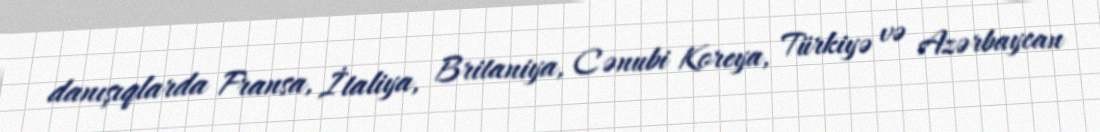
danışıqlarda Fransa, İtaliya, Britaniya, Cənubi Koreya, Türkiyə və Azərbaycan